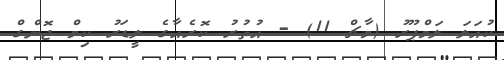
ކުއަލަ ލަމްޕޫރު (މާޗް 11) - އުތުރު ކޮރެއާގެ ލީޑަރު ކިމް ޖޮންގް